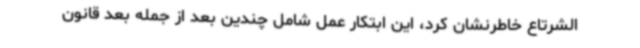
الشرتاع خاطرنشان کرد، این ابتکار عمل شامل چندین بعد از جمله بعد قانون